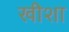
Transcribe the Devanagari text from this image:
खीशा